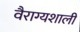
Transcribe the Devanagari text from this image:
वैराग्यशाली